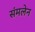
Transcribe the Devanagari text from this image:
संमलेन